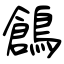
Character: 鶬